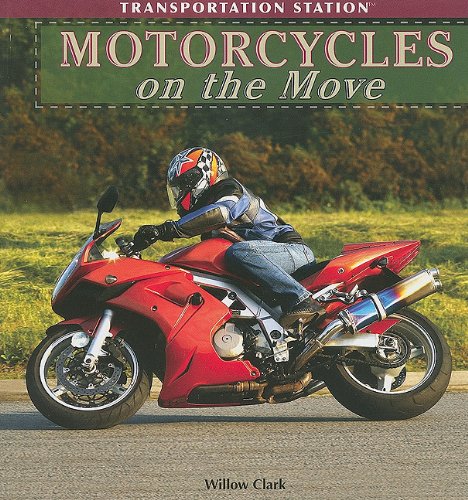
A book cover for Motorcycles on the Move (Transportation Station); Willow Clark; Children's Books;